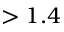
> 1 . 4